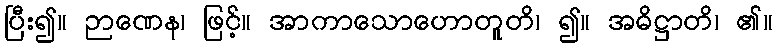
ပြီး၍။ ဉာဏေန၊ ဖြင့်။ အာကာသောဟောတူတိ၊ ၍။ အဓိဋ္ဌာတိ၊ ၏။